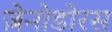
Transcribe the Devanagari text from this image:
ज़ेनोडोरस